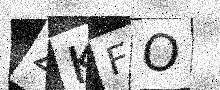
Text: ZKFO